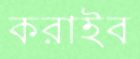
করাইব